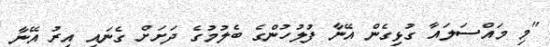
"މި މައްސަލައާ ގުޅިގެން އޭނާ ފުލުހުންގެ ބެލުމުގެ ދަށަށް ގެނައި އިރު އޭނާ